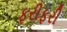
ફરીફરી